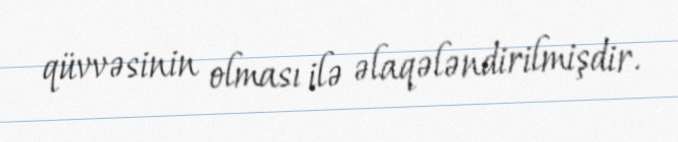
qüvvəsinin olması ilə əlaqələndirilmişdir.